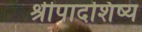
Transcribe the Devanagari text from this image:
श्रीपादशिष्य